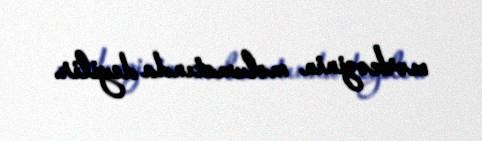
mərkəzinin məlumatında deyilir.